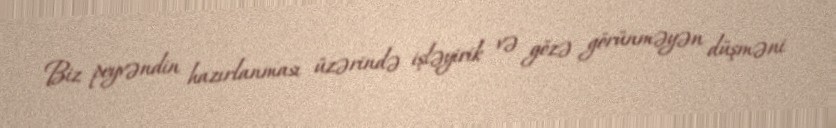
Biz peyvəndin hazırlanması üzərində işləyirik və gözə görünməyən düşməni